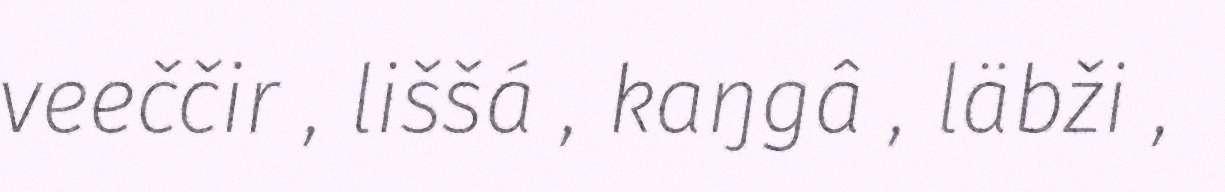
veeččir , liššá , kaŋgâ , läbži ,